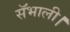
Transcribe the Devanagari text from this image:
सॅभाली।